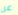
عن